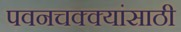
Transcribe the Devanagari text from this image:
पवनचक्क्यांसाठी